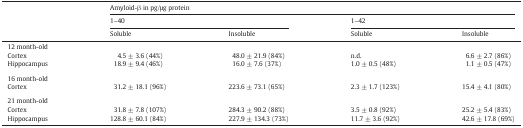
|  | <COLSPAN=4> Amyloid-β in pg/μg protein |
 | <COLSPAN=2> 1–40 | <COLSPAN=2> 1–42 |
 | Soluble | Insoluble | Soluble | Insoluble |
 | --- | --- | --- | --- | --- |
 | <COLSPAN=5> 12 month-old |
 | Cortex | 4.5 ± 3.6 (44%) | 48.0 ± 21.9 (84%) | n.d. | 6.6 ± 2.7 (86%) |
 | Hippocampus | 18.9 ± 9.4 (46%) | 16.0 ± 7.6 (37%) | 1.0 ± 0.5 (48%) | 1.1 ± 0.5 (47%) |
 | <COLSPAN=5>  |
 | <COLSPAN=5> 16 month-old |
 | Cortex | 31.2 ± 18.1 (96%) | 223.6 ± 73.1 (65%) | 2.3 ± 1.7 (123%) | 15.4 ± 4.1 (80%) |
 | <COLSPAN=5>  |
 | <COLSPAN=5> 21 month-old |
 | Cortex | 31.8 ± 7.8 (107%) | 284.3 ± 90.2 (88%) | 3.5 ± 0.8 (92%) | 25.2 ± 5.4 (83%) |
 | Hippocampus | 128.8 ± 60.1 (84%) | 227.9 ± 134.3 (73%) | 11.7 ± 3.6 (92%) | 42.6 ± 17.8 (69%) |